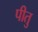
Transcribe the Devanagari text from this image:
पीतु